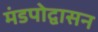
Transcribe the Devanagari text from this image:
मंडपोद्वासन